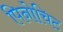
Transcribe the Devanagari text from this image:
पिनोचिट